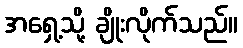
အရှေ့သို့ ချိုးလိုက်သည်။